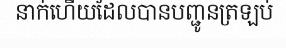
នាក់ហើយដែលបានបញ្ជូនត្រឡប់